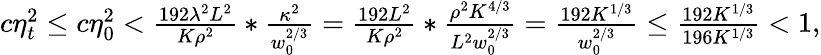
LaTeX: \begin{array}{r}{c\eta_{t}^{2}\leq c\eta_{0}^{2}<\frac{192\lambda^{2}L^{2}}{K\rho^{2}}*\frac{\kappa^{2}}{w_{0}^{2/3}}=\frac{192L^{2}}{K\rho^{2}}*\frac{\rho^{2}K^{4/3}}{L^{2}w_{0}^{2/3}}=\frac{192K^{1/3}}{w_{0}^{2/3}}\leq\frac{192K^{1/3}}{196K^{1/3}}<1,}\end{array}